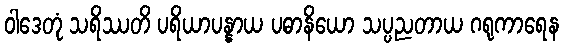
ဝါဒေတုံ သရိဿတိ ပရိယာပန္နာယ ပဓာနိယော သပ္ပညတာယ ဂရုကာရေန